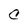
Character: C